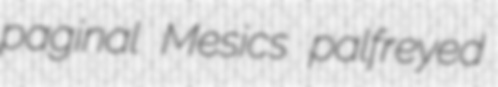
paginal Mesics palfreyed